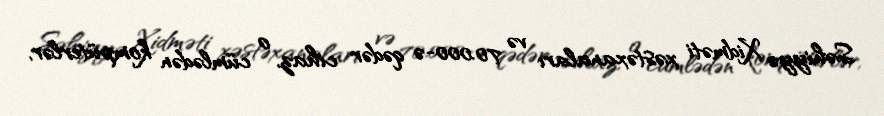
Səhiyyə Xidməti xəstəxanaları və 70.000-ə qədər cihaz, o cümlədən kompüterlər,